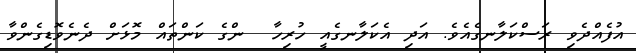
އުފެއްދެވި ރަސްކަލާނގެއެވެ. އަދި އެކަލާނގެއީ ހުރިހާ  ންގެ ކަންތައް މޮޅަށް ދެނެވޮޑިގެންވާ